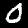
Digit: 0